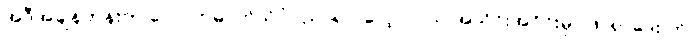
အဲဒီအချိန်တုန်းက လောကဓာတ်သိပ္ပံပညာရပ် လေ့လာသူ အသိုင်းအဝိုင်းမှာ ဖာရာဒေး ကို